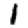
Digit: 1